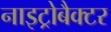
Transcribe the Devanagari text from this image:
नाइट्रोबैक्टर